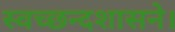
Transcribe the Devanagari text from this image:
स्वच्छन्दशासने।